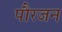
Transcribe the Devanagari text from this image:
पौरजन